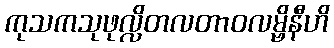
ကုသကသုဖုလ္လိတလတာဝလမ္ဗိနီဟိ